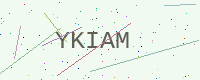
Text: YKIAM